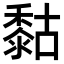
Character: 𪏻